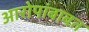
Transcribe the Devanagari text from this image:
आरोपांबाबत